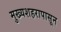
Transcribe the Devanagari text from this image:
मुख्यशहरापासून